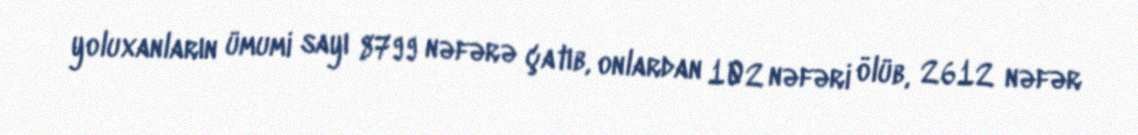
yoluxanların ümumi sayı 8799 nəfərə çatıb, onlardan 102 nəfəri ölüb, 2612 nəfər